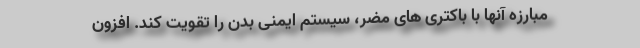
مبارزه آنها با باکتری های مضر، سیستم ایمنی بدن را تقویت کند. افزون